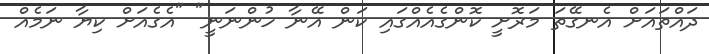
ދައްތައަށް އެނގޭތަ މަރޮށީ ކޮންގެއެއްގައި ކަން އޭނާ ހުންނަނީ" "އެގެއަށް ކިޔާ ނަމެއް